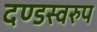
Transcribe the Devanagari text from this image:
दण्डस्वरुप